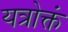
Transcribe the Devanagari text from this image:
यत्रोक्तं